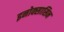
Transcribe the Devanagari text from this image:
इनोक्सासिन